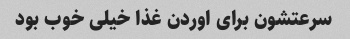
سرعتشون برای اوردن غذا خیلی خوب بود